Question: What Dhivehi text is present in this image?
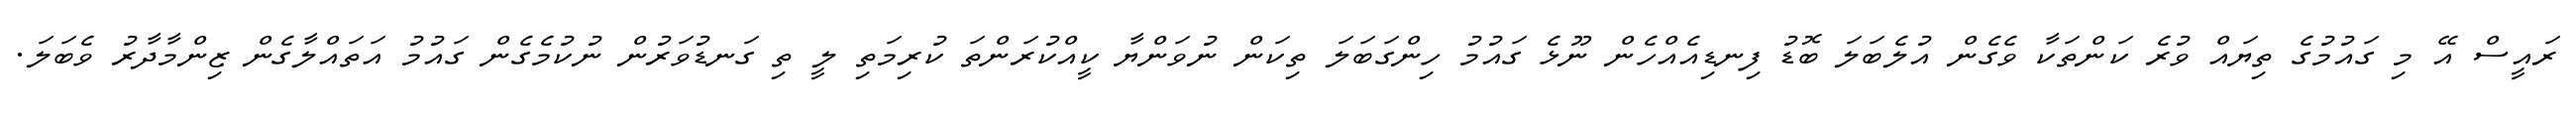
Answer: ރައީސް އޭ މި ގައުމުގެ ތިޔައް ވުރެ ކަންތަކާ ވެގެން އުލެބަލަ ބޮޑު ފިނޑިއެއްހެން ނޫޅެ ގައުމު ހިންގަބަލަ ތިކަން ނުވަންޔާ ކީއްކުރަންތަ ކުރިމަތި ލީ ތި ގަނޑުވަރުން ނުކުމެގެން ގައުމު އަތައްލާގެން ޒިންމާދާރު ވެބަލަ.